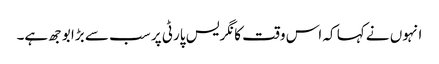
انہوں نے کہا کہ اس وقت کانگریس پارٹی پر سب سے بڑا بوجھ ہے۔